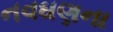
નવઘણના